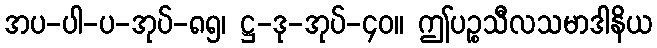
အပ-ပါ-ပ-အုပ်-၈၅၊ ဋ္ဌ-ဒု-အုပ်-၄၀။ ဤပဉ္စသီလသမာဒါနိယ